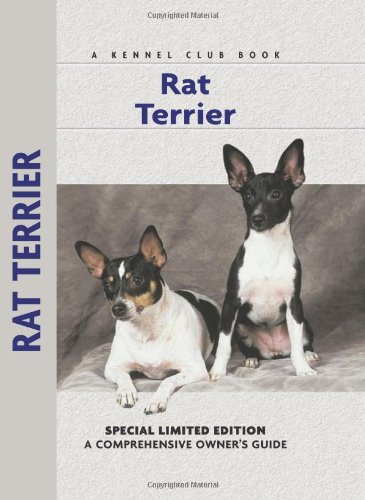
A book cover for Rat Terrier: A Comprehensive Owner's Guide; Alice J. Kane; Crafts, Hobbies & Home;